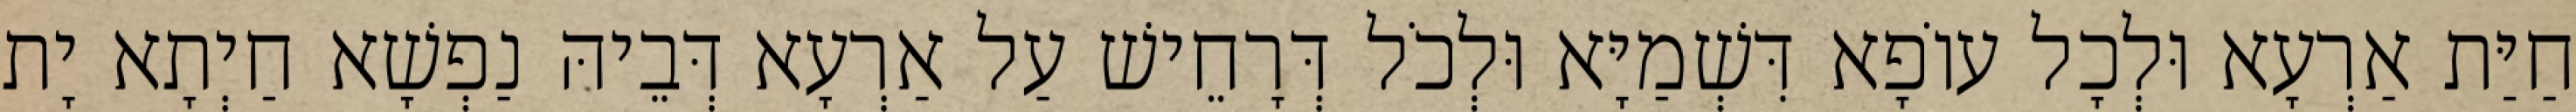
חַיַּת אַרְעָא וּלְכָל עוֹפָא דִּשְׁמַיָּא וּלְכֹל דְּרָחֵישׁ עַל אַרְעָא דְּבֵיהּ נַפְשָׁא חַיְתָא יָת